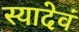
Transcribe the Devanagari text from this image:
स्यादेवं